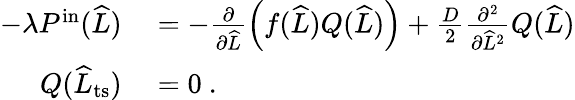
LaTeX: \begin{array}{rl}{-\lambda P^{\mathrm{in}}(\widehat{L})}&{{}=-\frac{\partial}{\partial\widehat{L}}\left(f(\widehat{L})Q(\widehat{L})\right)+\frac{D}{2}\frac{\partial^{2}}{\partial\widehat{L}^{2}}Q(\widehat{L})}\\ {Q(\widehat{L}_{\mathrm{ts}})}&{{}=0\ .}\end{array}